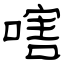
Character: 嗐